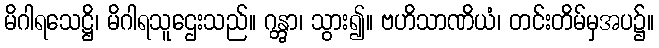
မိဂါရသေဋ္ဌိ၊ မိဂါရသူဌေးသည်။ ဂန္တွာ၊ သွား၍။ ဗဟိသာဏိယံ၊ တင်းတိမ်မှအပ၌။